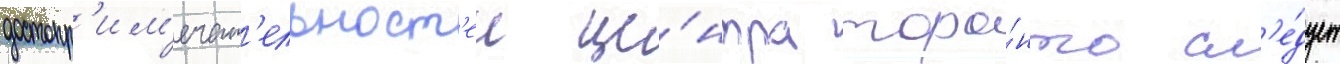
достопр'им'ечат'ельност'еи це́нтра торо́нто сл'е́дует